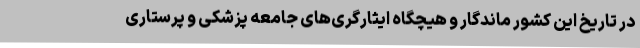
در تاریخ این کشور ماندگار و هیچگاه ایثارگری‌های جامعه پزشکی و پرستاری